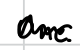
Text: One.
Cross-out: zig-zag
Writing tool: digital_black